Leaving Certificate Examination, 1918
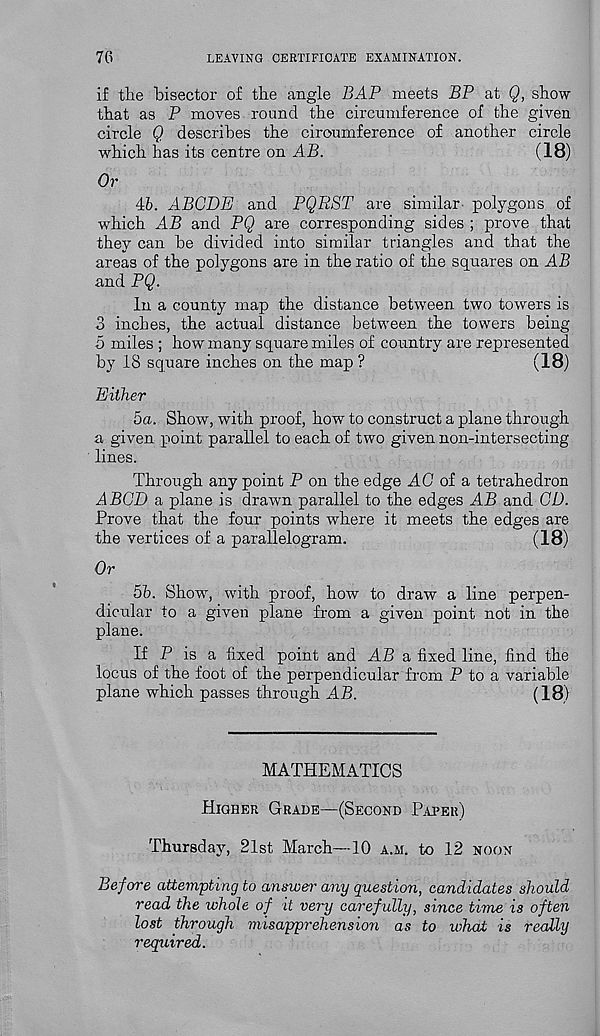
76
LEAVING CERTIFICATE EXAMINATION.
if tlie bisector of tbe angle BAP meets BP at Q, show
that as P moves round the circumference of the given
circle Q describes the circumference of another circle
which has its centre on AB.
(18)
Or
46. ABODE and PQRST are similar polygons of
which AB and PQ are corresponding sides ; prove that
they can be divided into similar triangles and that the
areas of the polygons are in the ratio of the squares on AB
and PQ.
In a county map the distance between two towers is
3 inches, the actual distance between the towers being
5 miles ; how many square miles of country are represented
by 18 square inches on the map ?
(18)
Either
5a. Show, with proof, how to construct a plane through
a given point parallel to each of two given non-intersecting
lines.
Through any point P on the edge AC of a tetrahedron
A BOD a plane is drawn parallel to the edges AB and GD.
Prove that the four points where it meets the edges are
the vertices of a parallelogram.
(18)
Or
5b. Show, with proof, how to draw a line perpen-
dicular to a given plane from a given point not in the
plane.
If P is a fixed point and AB a fixed line, find the
locus of the foot of the perpendicular from P to a variable
plane which passes through AB.
(18)
MATHEMATICS
Higher Grade—(Second Paper)
Thursday, 21st March—10 a.h. to 12 noon
Before attempting to answer any question, candidates should
read the whole of it very carefully, since time is often
lost through misapprehension as to what is really
required.